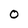
Character: 0